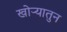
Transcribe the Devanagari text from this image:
खोऱ्यातुन